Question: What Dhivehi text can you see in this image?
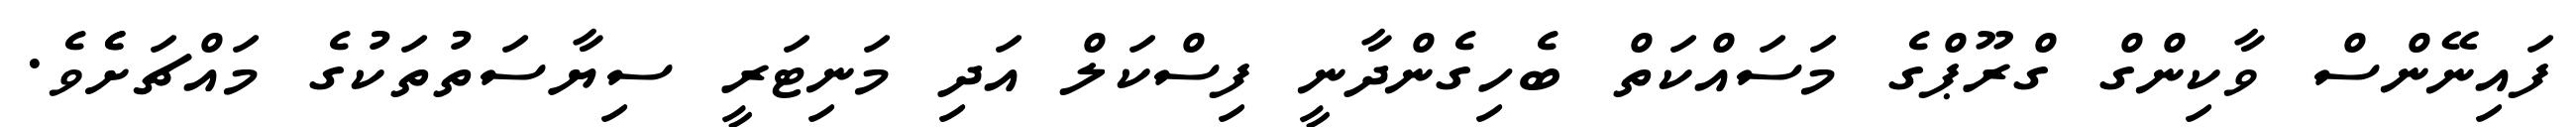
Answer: ފައިނޭންސް ވާކިންގް ގްރޫޕްގެ މަސައްކަތް ބެހިގެންދާނީ ފިސްކަލް އަދި މަނިޓަރީ ސިޔާސަތުތަކުގެ މައްޗަށެެވެ.